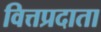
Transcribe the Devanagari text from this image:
वित्तप्रदाता